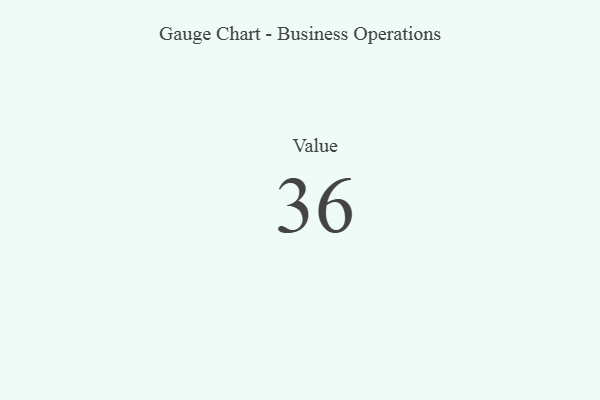
{"axis": {"x": "Metric", "y": "Value"}, "legend": [""], "data": [{"x": "Value", "y": 36, "type": ""}]}